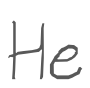
Text: He
Cross-out: clean
Writing tool: digital_gray